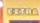
extra